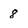
Character: 8